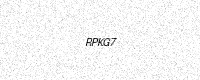
Text: RPKG7